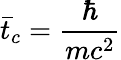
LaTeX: \bar{t}_{c}=\frac{\hbar}{mc^{2}}